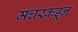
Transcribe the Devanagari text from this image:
मंचरकडून